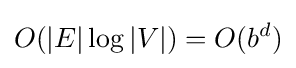
O(|E|\log |V|)=O(b^{d})